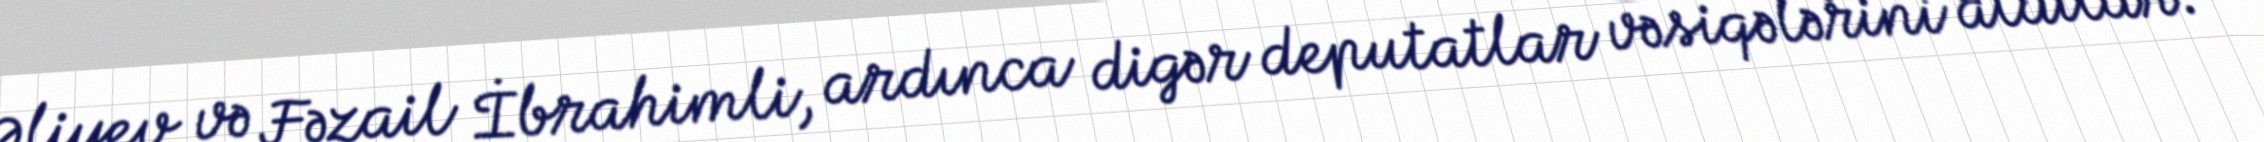
Əliyev və Fəzail İbrahimli, ardınca digər deputatlar vəsiqələrini aldılar.